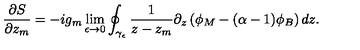
\frac { \partial S } { \partial z _ { m } } = - i g _ { m } \lim _ { \epsilon \rightarrow 0 } \oint _ { \gamma _ { \epsilon } } \frac { 1 } { z - z _ { m } } \partial _ { z } \left( \phi _ { M } - ( \alpha - 1 ) \phi _ { B } \right) d z .